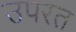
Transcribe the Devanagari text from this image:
उपरत